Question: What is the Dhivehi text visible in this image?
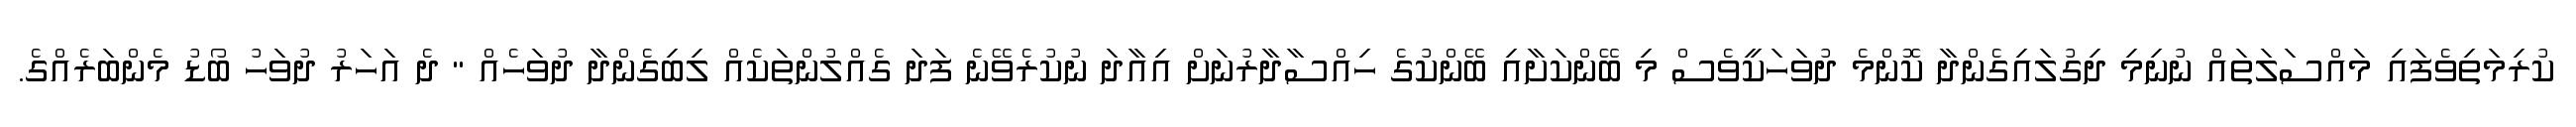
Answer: ކުރިމަތިވެފައި މައްސަލަތައް ނުނިމި ދިގުލައިގެންދާ ކޮންމެ ދުވަހަކީވެސް މި ބޭންކަށާއި ބޭންކުގެ ހިއްސާދާރުނަށް އިއާދަ ނުކުރެވޭނެ ފަދަ ގެއްލުންތަކެއް ލިބިގެންދާ ދުވަހެއް " ދެ އަހަރު ދުވަހު ބޯޑު މެންބަރެއްގެ.